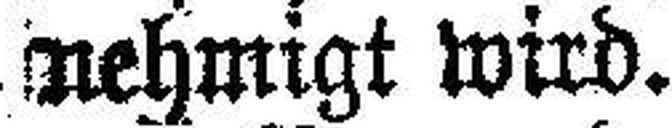
nehmigt wird.